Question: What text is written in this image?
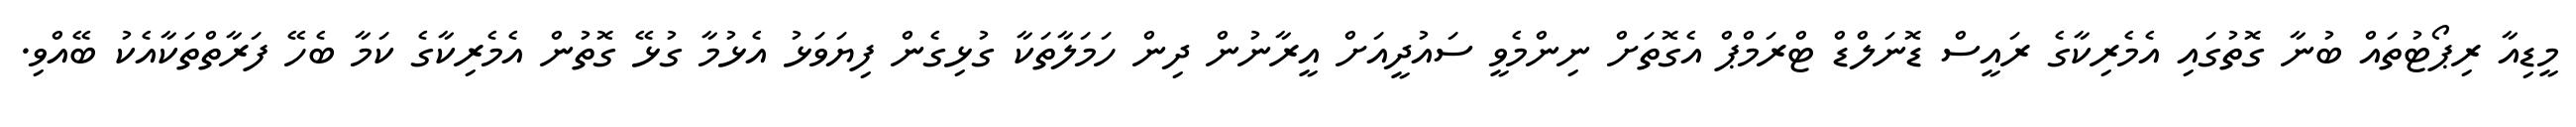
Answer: މީޑިއާ ރިޕޯޓުތައް ބުނާ ގޮތުގައި އެމެރިކާގެ ރައީސް ޑޮނަލްޑް ޓްރަމްޕް އެގޮތަށް ނިންމެވީ ސައުދީއަށް އީރާނުން ދިން ހަމަލާތަކާ ގުޅިގެން ފިޔަވަޅު އެޅުމާ ގުޅޭ ގޮތުން އެމެރިކާގެ ކަމާ ބެހޭ ފަރާތްތަކާއެކު ބޭއްވި.